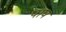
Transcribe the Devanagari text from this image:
पाष